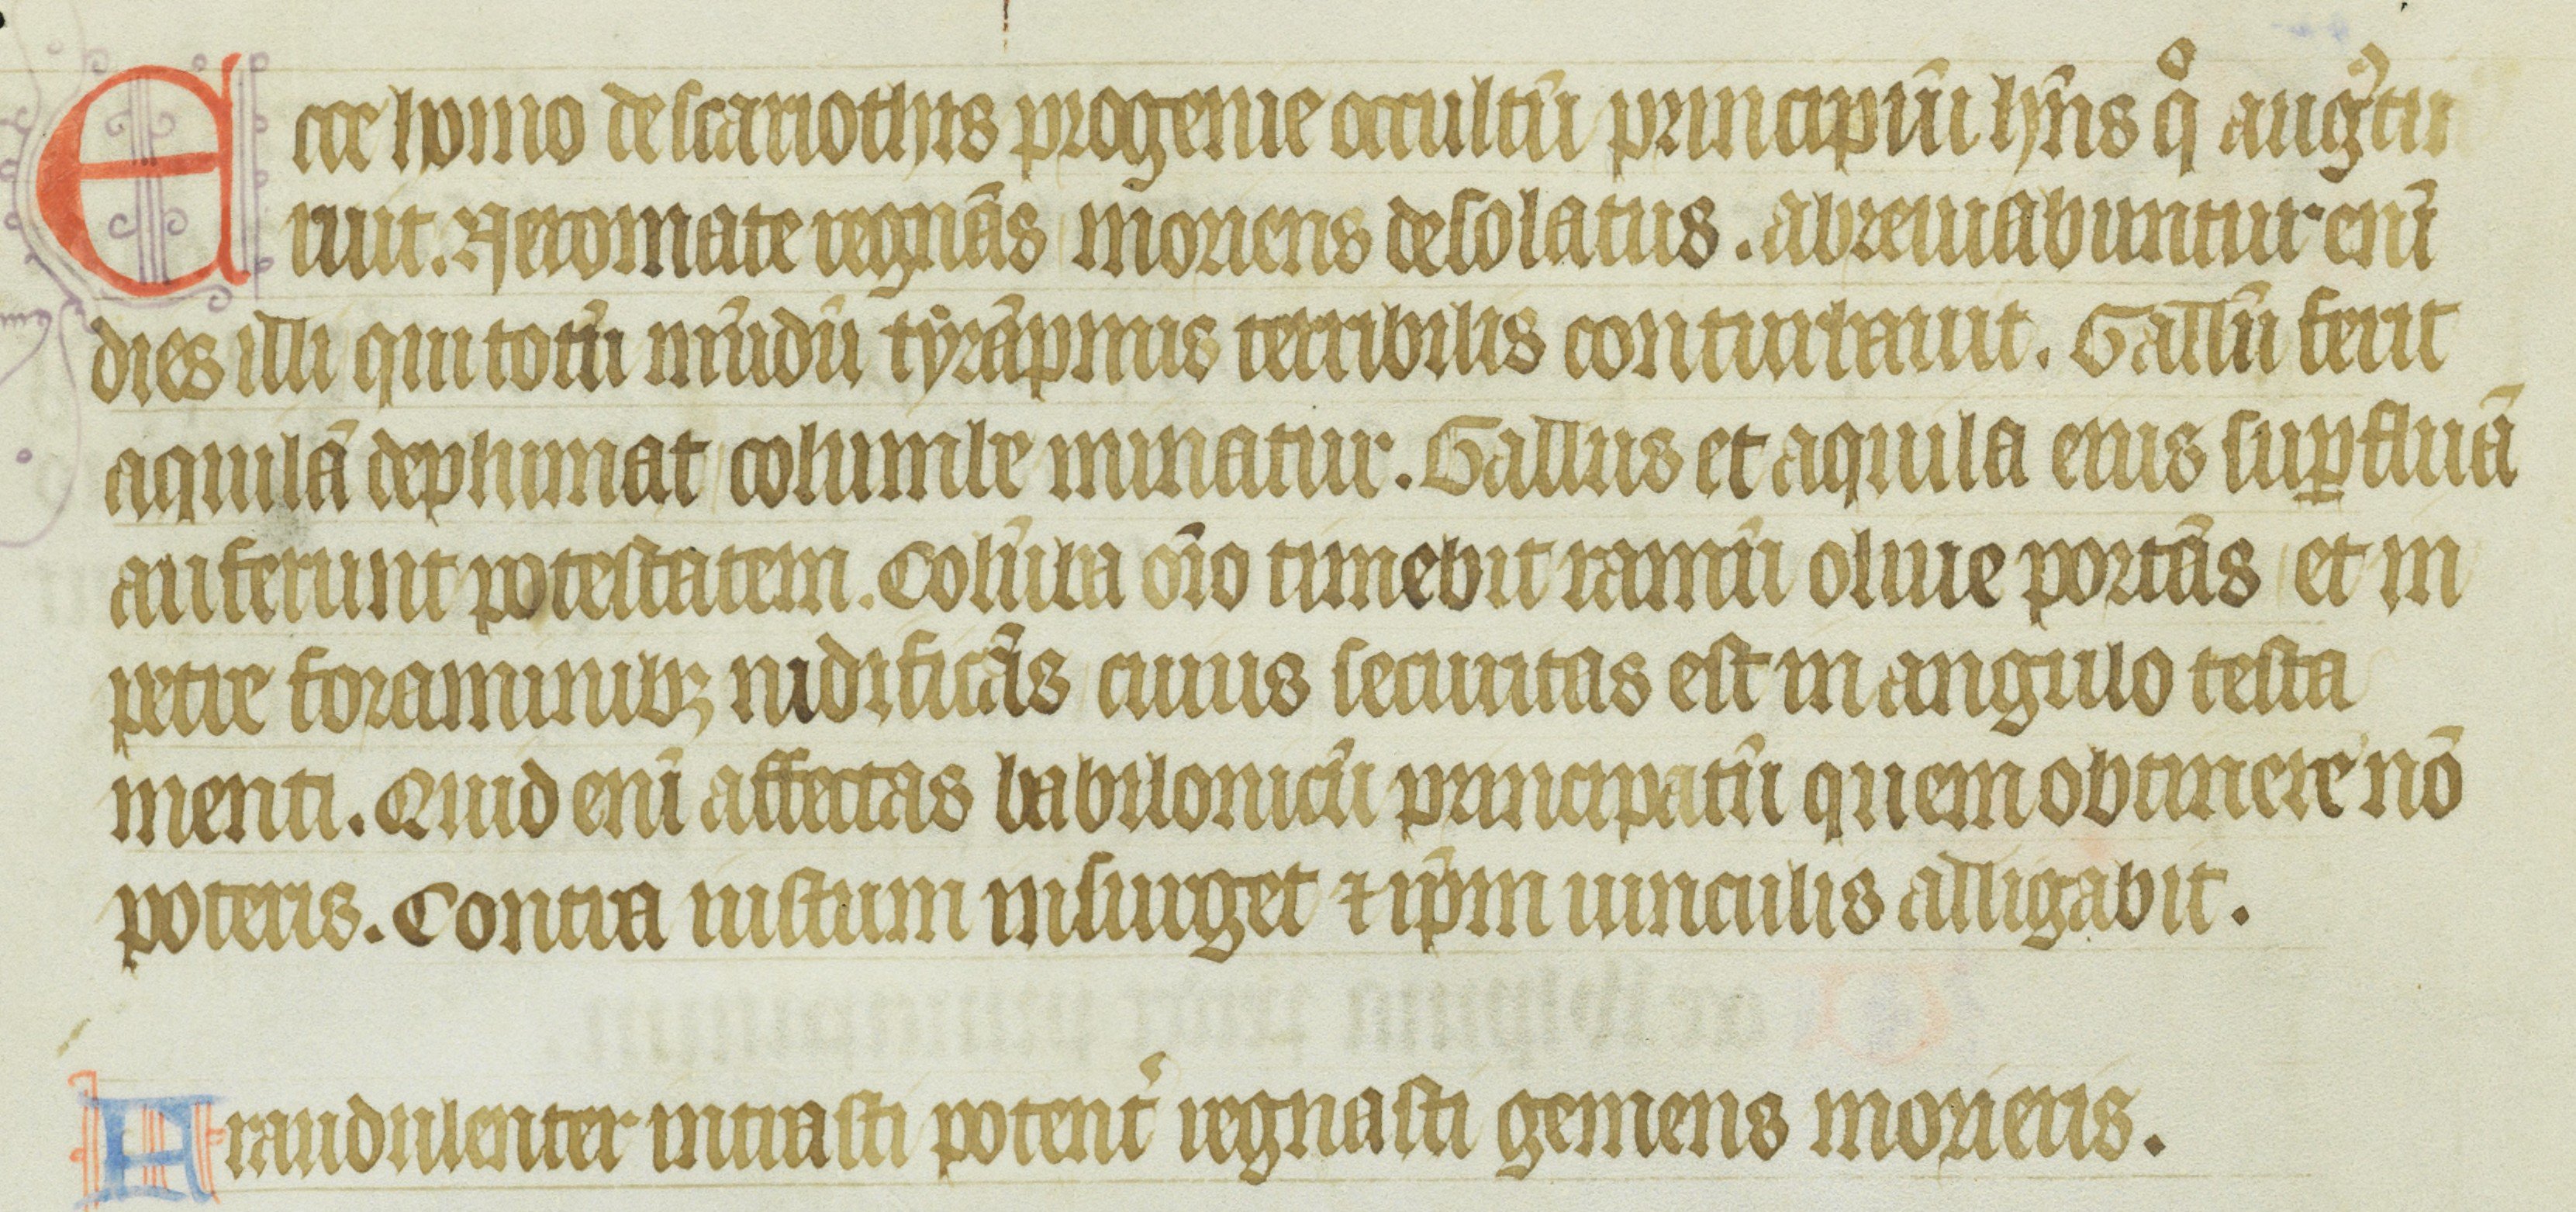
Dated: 1355–1375